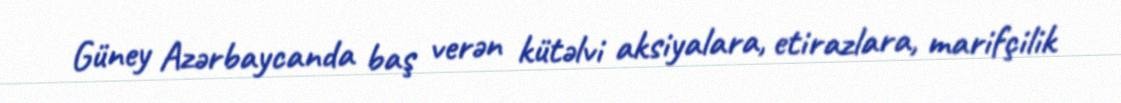
Güney Azərbaycanda baş verən kütəlvi aksiyalara, etirazlara, marifçilik